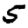
Digit: 5